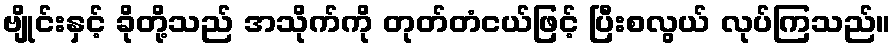
ဗျိုင်းနှင့် ခိုတို့သည် အသိုက်ကို တုတ်တံငယ်ဖြင့် ပြီးစလွယ် လုပ်ကြသည်။